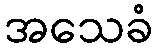
အသေခံ